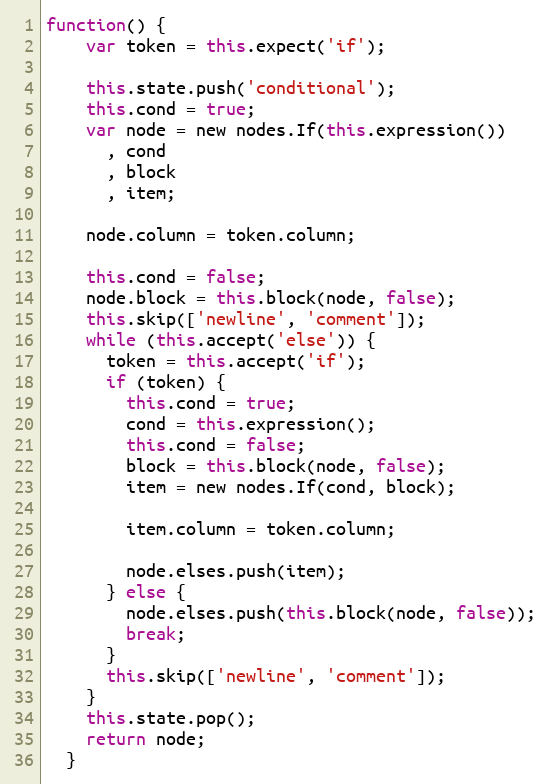
Language: JavaScript
function() {
    var token = this.expect('if');

    this.state.push('conditional');
    this.cond = true;
    var node = new nodes.If(this.expression())
      , cond
      , block
      , item;

    node.column = token.column;

    this.cond = false;
    node.block = this.block(node, false);
    this.skip(['newline', 'comment']);
    while (this.accept('else')) {
      token = this.accept('if');
      if (token) {
        this.cond = true;
        cond = this.expression();
        this.cond = false;
        block = this.block(node, false);
        item = new nodes.If(cond, block);

        item.column = token.column;

        node.elses.push(item);
      } else {
        node.elses.push(this.block(node, false));
        break;
      }
      this.skip(['newline', 'comment']);
    }
    this.state.pop();
    return node;
  }